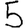
Digit: 5